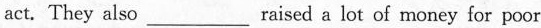
act. They also___raised a lot of money for poor